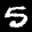
Label: 5